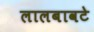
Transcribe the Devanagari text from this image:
लालबावटे